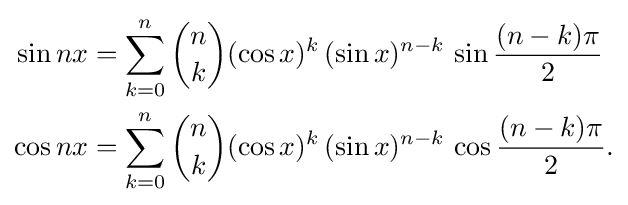
{\begin{aligned}\sin nx&=\sum _{k=0}^{n}{\binom {n}{k}}(\cos x)^{k}\,(\sin x)^{n-k}\,\sin {\frac {(n-k)\pi }{2}}\\\cos nx&=\sum _{k=0}^{n}{\binom {n}{k}}(\cos x)^{k}\,(\sin x)^{n-k}\,\cos {\frac {(n-k)\pi }{2}}.\end{aligned}}